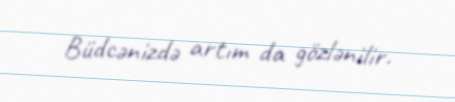
Büdcənizdə artım da gözlənilir.